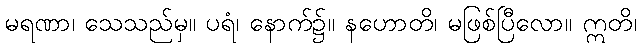
မရဏာ၊ သေသည်မှ။ ပရံ၊ နောက်၌။ နဟောတိ၊ မဖြစ်ပြီလော။ ဣတိ၊